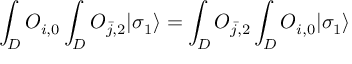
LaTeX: \int _ { D } { \cal O } _ { i , 0 } \int _ { D } { \cal O } _ { { \bar { j } } , 2 } | \sigma _ { 1 } \rangle = \int _ { D } { \cal O } _ { { \bar { j } } , 2 } \int _ { D } { \cal O } _ { i , 0 } | \sigma _ { 1 } \rangle \,